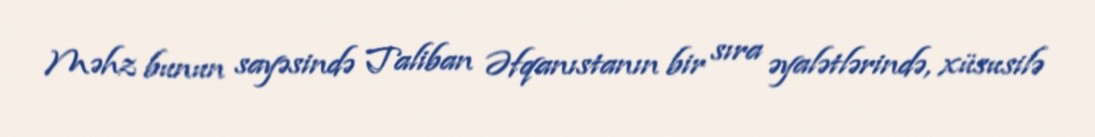
Məhz bunun sayəsində Taliban Əfqanıstanın bir sıra əyalətlərində, xüsusilə